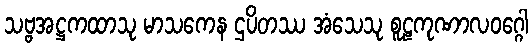
သဗ္ဗအဋ္ဌကထာသု မာသကေန ဌပိတဿ အံသေသု စူဠကုဏာလဝဂ္ဂေါ